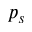
p _ { s }